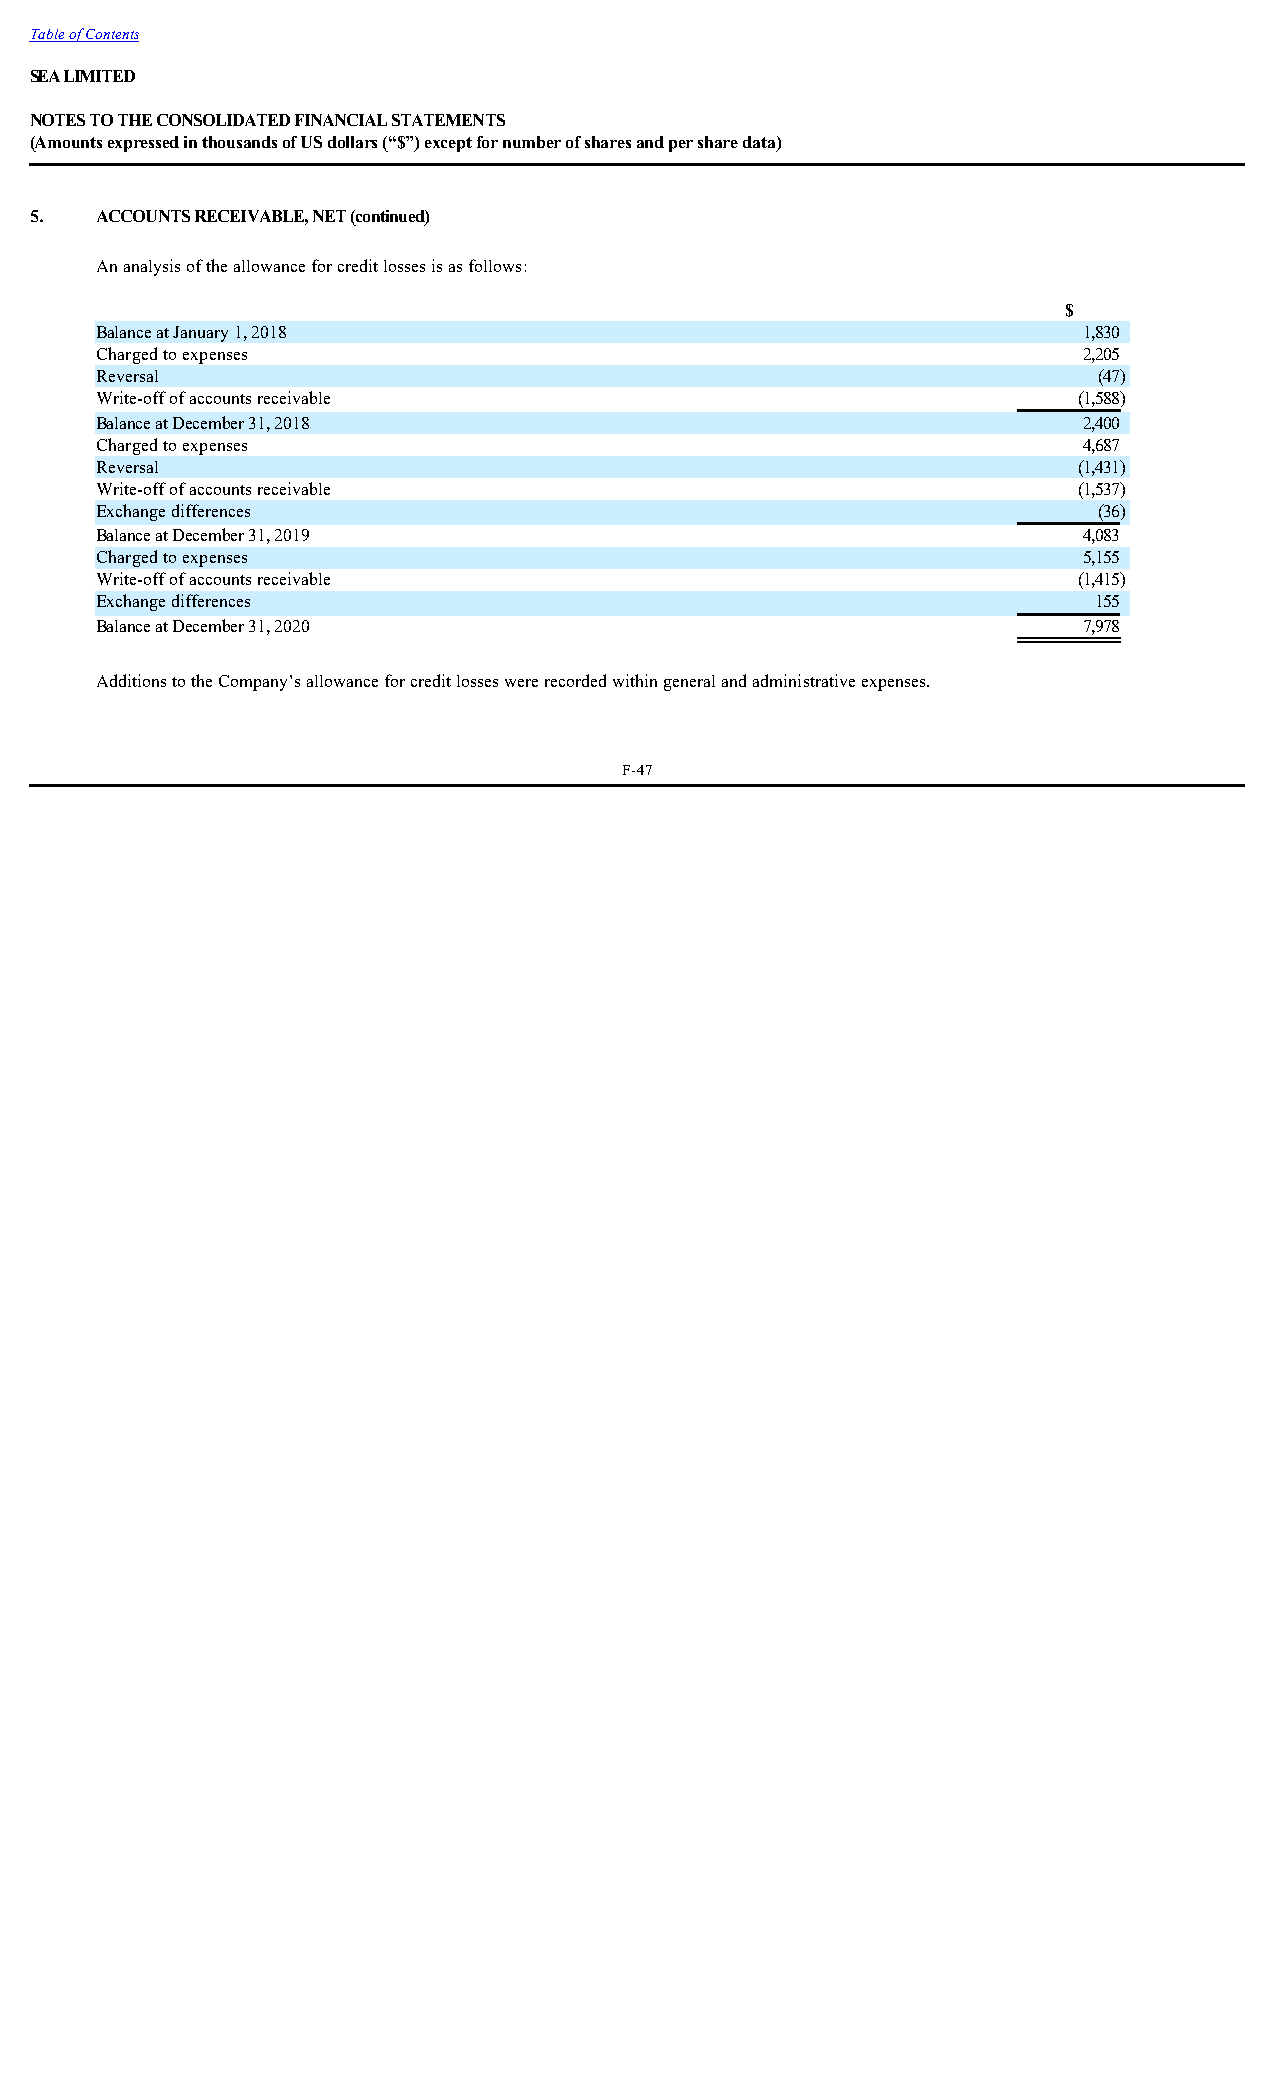
Table of Contents
 SEA LIMITED
 NOTES TO THE CONSOLIDATED FINANCIAL STATEMENTS
 (Amounts expressed in thousands of US dollars (“$”) except for number of shares and per share data)
 5.  ACCOUNTS RECEIVABLE, NET (continued)
 An analysis of the allowance for credit losses is as follows:
 $
 _
 Balance at January 1, 2018                                        1,830
 Charged to expenses                                               2,205
 Reversal                                                           (47)
 Write-off of accounts receivable                                 (1,588)
 Balance at December 31, 2018                                      2,400
 Charged to expenses                                               4,687
 Reversal                                                         (1,431)
 Write-off of accounts receivable                                 (1,537)
 Exchange differences                                               (36)
 Balance at December 31, 2019                                      4,083
 Charged to expenses                                               5,155
 Write-off of accounts receivable                                 (1,415)
 Exchange differences                                               155
 Balance at December 31, 2020                                      7,978
 Additions to the Company’s allowance for credit losses were recorded within general and administrative expenses.
 F-47